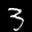
Label: 3